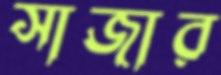
সাজার